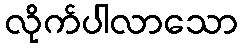
လိုက်ပါလာသော